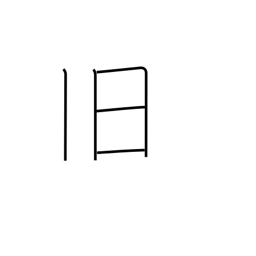
Meaning: old friend